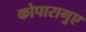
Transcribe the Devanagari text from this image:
कोपारागुए